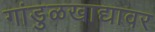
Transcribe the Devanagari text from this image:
गांडुळखाद्यावर